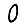
Digit: 0